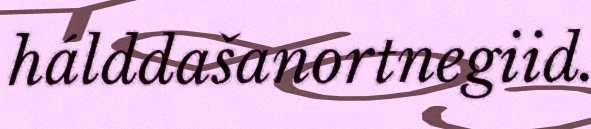
hálddašanortnegiid.